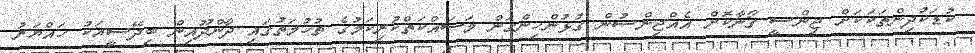
ކުޑަކުދިންތަކަކަށް ޖިންސީ ގޯނާކޮށް އެއްޖިންސުން ގުޅުންހިންގަން މަސައްކަތްކުރިކަމުގެ ތުހުމަތުގައި ދާންދޫއިން ބިދޭސީއަކު ހައްޔަރު